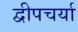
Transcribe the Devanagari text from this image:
द्वीपचर्या